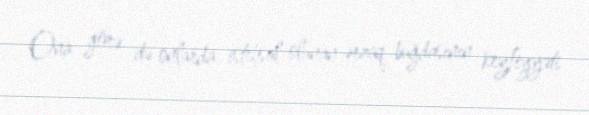
Ona görə də onlarda istehsal olunan ərzaq buğdasının keyfiyyəti